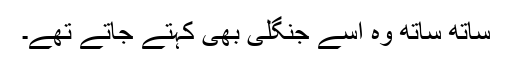
ساتھ ساتھ وہ اسے جنگلی بھی کہتے جاتے تھے۔